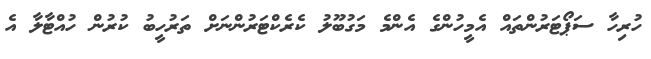
ހުރިހާ ސަޕޯޓަރުންތައް އެމީހުންގެ އެންމެ މަގުބޫލު ކެރެކްޓަރުންނަށް ތަރުހީބު ކުރުން ހުއްޓާލާ އެ